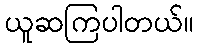
ယူဆကြပါတယ်။